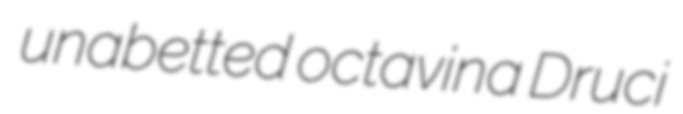
unabetted octavina Druci